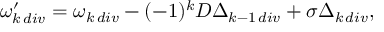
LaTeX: \omega _ { k \, d i v } ^ { \prime } = \omega _ { k \, d i v } - ( - 1 ) ^ { k } D \Delta _ { k - 1 \, d i v } + \sigma \Delta _ { k \, d i v } ,